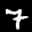
Label: 7